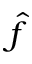
\hat { f }